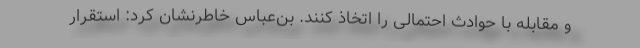
و مقابله با حوادث احتمالی را اتخاذ کنند. بن‌عباس خاطرنشان کرد: استقرار